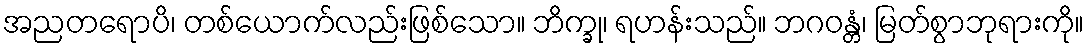
အညတရောပိ၊ တစ်ယောက်လည်းဖြစ်သော။ ဘိက္ခု၊ ရဟန်းသည်။ ဘဂဝန္တံ၊ မြတ်စွာဘုရားကို။